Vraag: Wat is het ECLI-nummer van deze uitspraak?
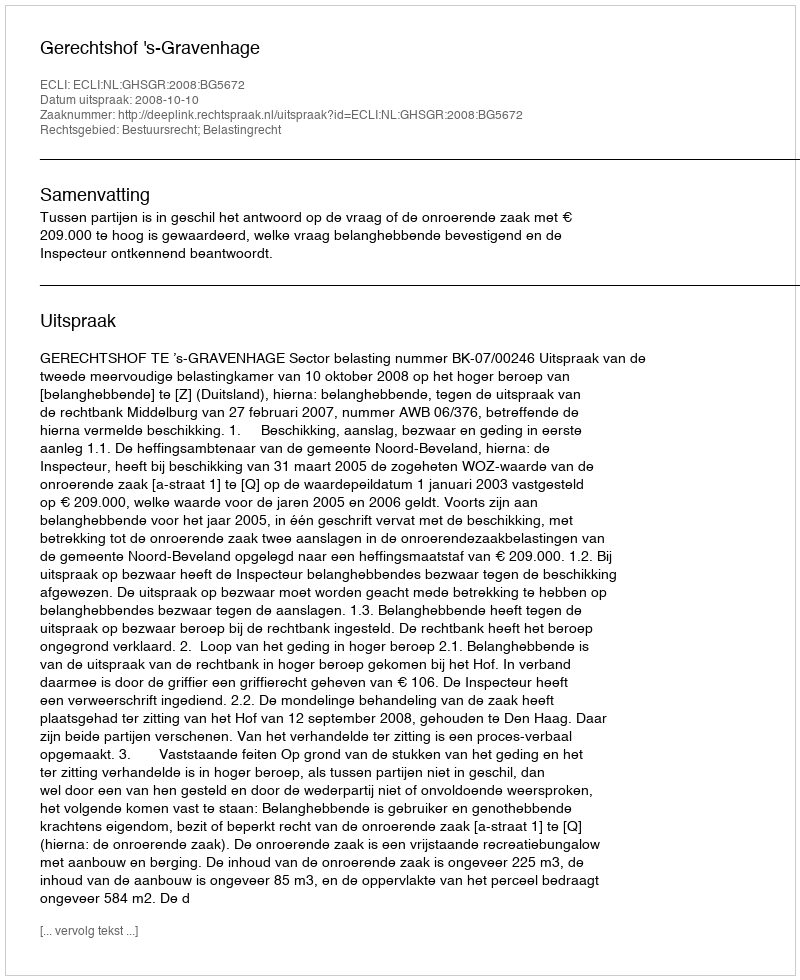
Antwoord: ECLI:NL:GHSGR:2008:BG5672